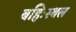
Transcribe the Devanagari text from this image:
बहिःस्थल